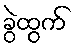
ခွဲထွက်